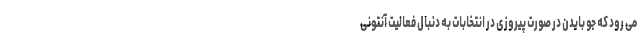
می رود که جو بایدن در صورت پیروزی در انتخابات به دنبال فعالیت آنتونی